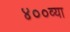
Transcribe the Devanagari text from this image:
४००व्या